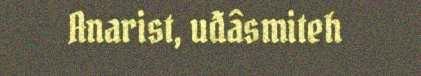
Anarist, uđâsmiteh